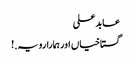
عابدعلی
گستاخیاں اور ہمارا رویہ.!